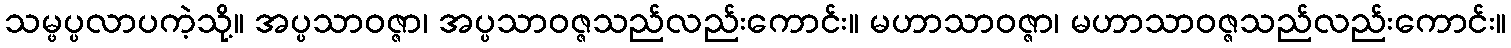
သမ္ဖပ္ပလာပကဲ့သို့။ အပ္ပသာဝဇ္ဇာ၊ အပ္ပသာဝဇ္ဇသည်လည်းကောင်း။ မဟာသာဝဇ္ဇာ၊ မဟာသာဝဇ္ဇသည်လည်းကောင်း။